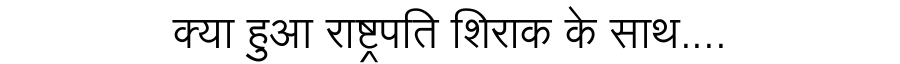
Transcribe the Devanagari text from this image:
क्या हुआ राष्ट्रपति शिराक के साथ....